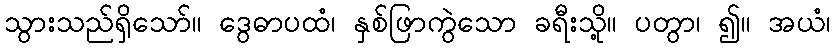
သွားသည်ရှိသော်။ ဒွေဓာပထံ၊ နှစ်ဖြာကွဲသော ခရီးသို့။ ပတွာ၊ ၍။ အယံ၊